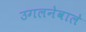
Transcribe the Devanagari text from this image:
उगलनेवाले